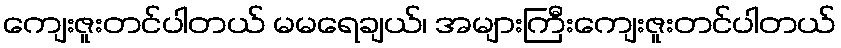
ကျေးဇူးတင်ပါတယ် မမရေချယ်၊ အများကြီးကျေးဇူးတင်ပါတယ်